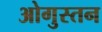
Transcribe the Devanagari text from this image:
ओगुस्तन